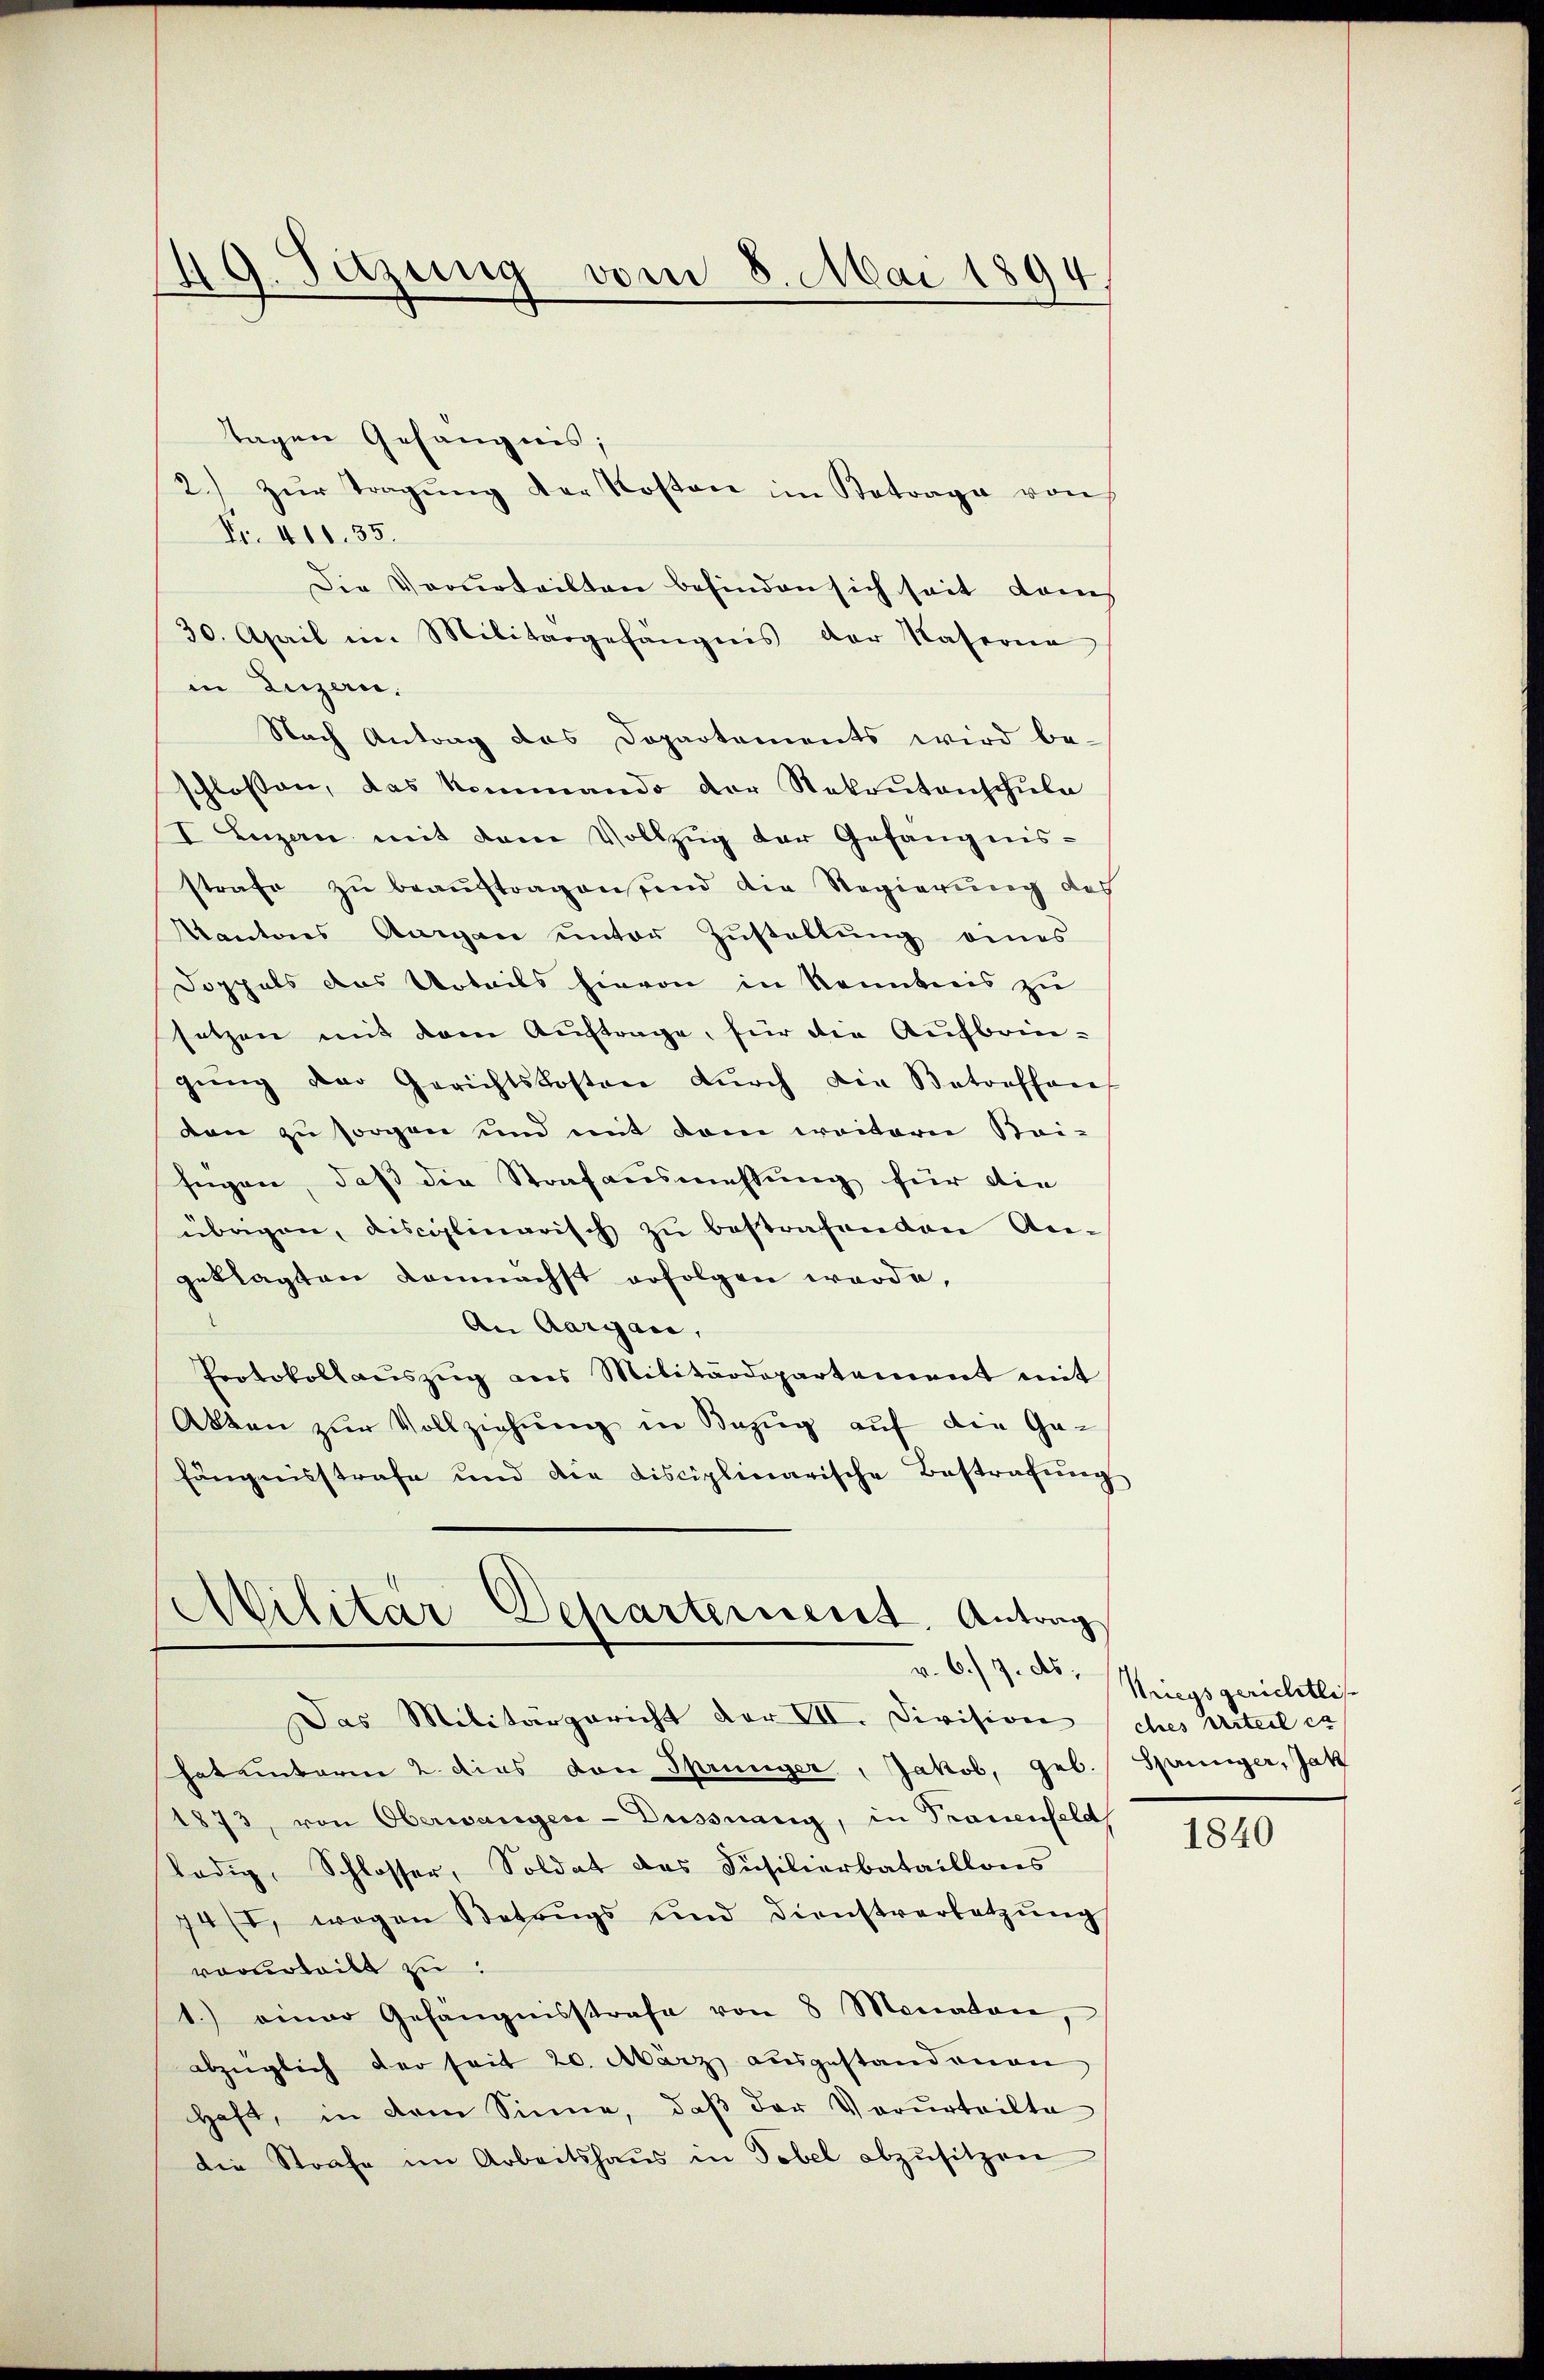
49. Setzung vom 8. Mai 1894.

Tagen Gefängnis;
2.) zŭr Tragŭng der Kosten im Betrage von
Fr. 411. 35.
Die Verurteilten befinden sich seit dans
30. April im Militargefängnis der Kaserne
in Luzern,
Nach Antrag das Dopartements wird be-
schlossen, das kommando der Rekrutenschule
I Luzern mit dem Vollzug der Gefängnis-
strafe zu beauftragen sind die Regierung des
Kantons Aargau ŭnter Zŭstellŭng eines
Doppels das Urteils hievon in Kenntnis zu
setzen mit dem Auftrage, für die Aufbringŭng der Gerichtskosten dŭrch die Betreffen
den zu sorgen und mit dem weitern Bei-
fügen, daß die Strafausmessung für die
übrigen, disciplinarisch zŭ bestrafenden An-
geklagten demnächst erfolgen werde,
An Aargau,
Protokollaŭszŭg ans Militärdepartement mit
Akten zur Vollziehung in Bezug auf die Ge-
fängnisstrafe und die disciplinarische Bestrafung
Militär-Departerient. Antrag
v. 6./9. ds.
Das Militärgericht der VII. Division (ches Urteil es
hateinterm 2. dies von Sprünger, Jakob, geb. Sprünger, Jak
1873, von Oberwangen-Düssnang, in Trauenfeld
lödig, Schlosser, Soldat des Füsilierbataillons
74/I, wogen Betrugs und dienstverletzŭng
vorurteilt zu
1.) einer Gefängnisstrafe von 8 Monaten,
abzüglich der seit 20. März ausgestandenen
haft, in dem Sinne, daβ der Verurteilte
die Strafe im Arbeitshaŭs in Tobel abzŭsitzen

Kriegsgerichtlich

1840